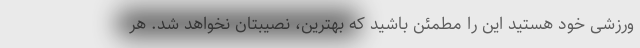
ورزشی خود هستید این را مطمئن باشید که بهترین، نصیبتان نخواهد شد. هر